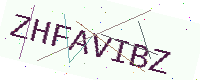
Text: ZHFAVIBZ